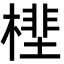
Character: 㯇